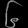
Digit: ၆